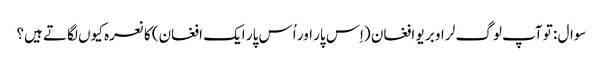
سوال : تو آپ لوگ لر او بر یو افغان (اِس پار اور اُس پار ایک افغان) کا نعرہ کیوں لگاتے ہیں؟